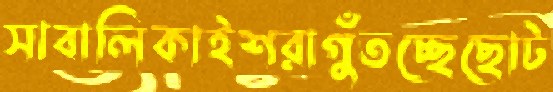
সাবালিকাইশরাগুঁতচ্ছেছোট